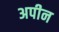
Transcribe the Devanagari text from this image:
अपीन